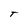
Character: T